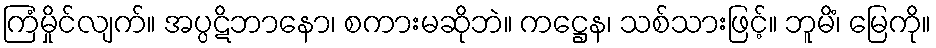
ကြံမှိုင်လျက်။ အပ္ပဋိဘာနော၊ စကားမဆိုဘဲ။ ကဋ္ဌေန၊ သစ်သားဖြင့်။ ဘူမိံ၊ မြေကို။